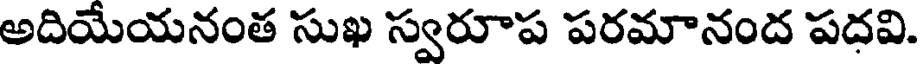
అదియేయనంత సుఖ స్వరూప పరమానంద పదవి.